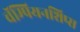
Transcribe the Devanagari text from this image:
चॅम्पियनशिप्स